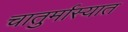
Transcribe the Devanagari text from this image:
चातुर्मास्यात